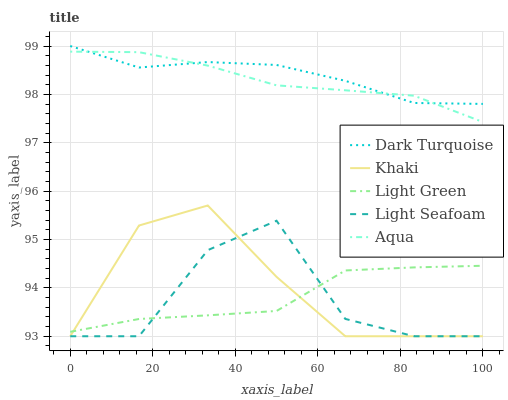
| xaxis_label | Dark Turquoise | Khaki | Light Green | Light Seafoam | Aqua |
 | --- | --- | --- | --- | --- | --- |
 | 0 | 99 | 93 | 93.1 | 93 | 98.9 |
 | 16.7 | 98.6 | 95.3 | 93.4 | 93 | 98.9 |
 | 33.3 | 98.7 | 95.7 | 93.4 | 94.8 | 98.6 |
 | 50 | 98.6 | 94.2 | 93.5 | 95.4 | 98.2 |
 | 66.7 | 98.3 | 93 | 94.4 | 93.4 | 98.1 |
 | 83.3 | 97.8 | 93 | 94.4 | 93 | 98 |
 | 100 | 97.8 | 93 | 94.5 | 93 | 97.4 |